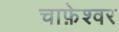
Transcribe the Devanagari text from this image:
चाफ़ेश्वर